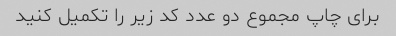
برای چاپ مجموع دو عدد کد زیر را تکمیل کنید